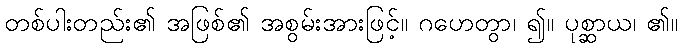
တစ်ပါးတည်း၏ အဖြစ်၏ အစွမ်းအားဖြင့်။ ဂဟေတွာ၊ ၍။ ပုစ္ဆာယ၊ ၏။